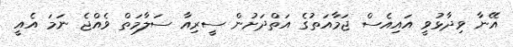
އޭނާ ވިދާޅުވީ އައިއެސް ޖަމާއަތުގެ އަތްދަށުން ސީރިއާ ސަލާމަތް ވެއްޖެ ނަމަ އެއީ